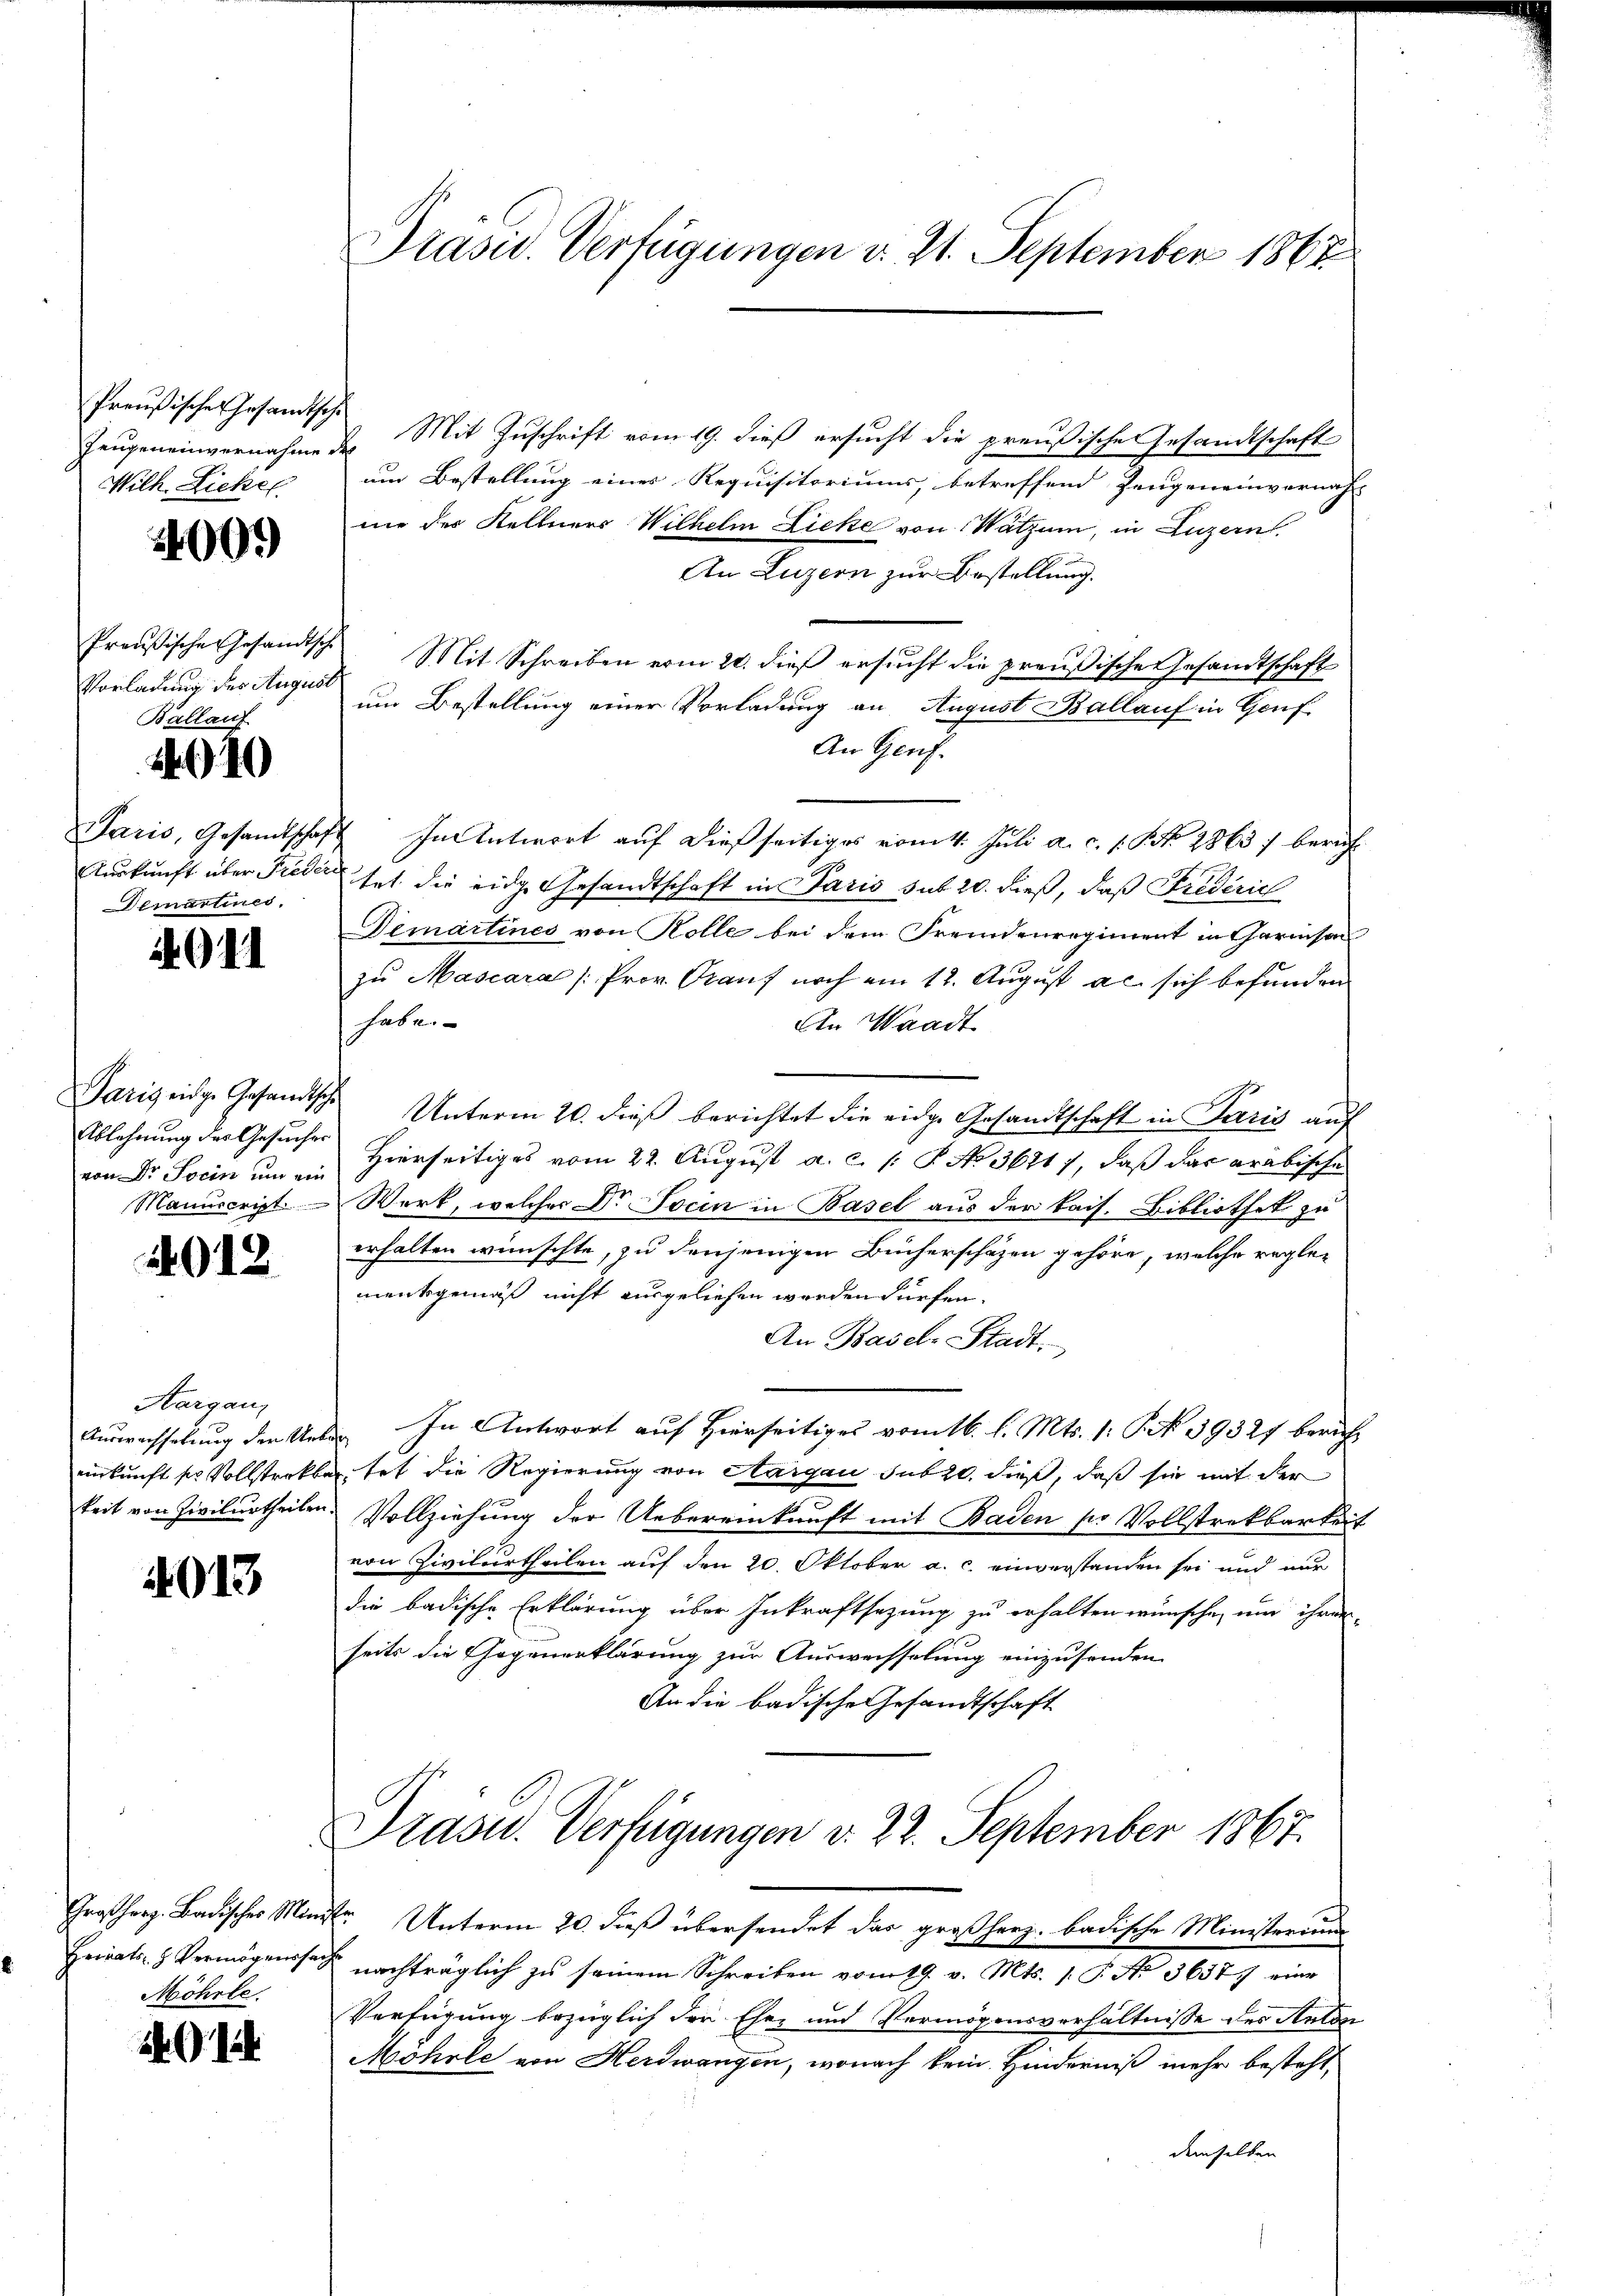
Preußisches Gesamtsche
Wilh. Lickel

009

Preußische Gesandtsch
Vorladung des Augus
Ballauf

40

Demartines

4911

Ablehnung der Gesucher

2013

Aargau,

4013

Gras herz. Badischer Min¬
Frirats- h. Vermögensse
Möhrle.

2

Präsid. Verfügungen v. 21. September 1867

Zeugeneinvernahme den Mit Zuschrift vom 19. dieß ersucht die preußische Gesandtschaft
um Bestellung eines Requisitoriums, betreffend Zeugeneinvernah-
nie des Kellners Wilhelm Licke von Watzim, in Luzern
An Luzern zur Bestellung.
 Mit Schreiben vom 21. dieß ersucht die preußische Gesandtschaft
c
um Bestellung einer Vorladung an August Ballauf in Gouf
An Gruf
Paris, Gesandtschaft In Antwort auf dießseitiges vom 4. Juli a. c. s. S. Nr. 28637 beruf
Auskunft über Prede hat die eidg. Gesandtschaft in Paris sub 20. dieß, daß Friderich
Demartines von Rolle bei dem Fremdenregiment in Garnison
zu Mascara /: Prov. Grauf noch am 12. August ac sich befunden
habe. |
An Waadt
Paris eidg. Gesandtsche Unterm 20. dieß berichtet die eidge Gesandtschaft in Paris auf
von Dr. Socin um ein Hierseitiges vom 22. August a. c. s. P. No 36217, daß das arabische
Manuscript. Werk, welcher Dr. Tocin in Basel aus der kais. Bibliothek zu
erhalten wünschte, zu denjenigen Bücherschäzen gehöre, welche reglementsgemäß nicht ausgeliehen werden dürfen.
An Basel-Stadt.
Auswechselung den Ueber. In Antwort auf Hierseitiges vom 16. l. Mts. 1. S. 59321 bericht
einkunft so vollsteckbar, tat die Regierung von Aargau sub 20. dieß, daß sie mit der
keit von Zivilurtheilen. Vollziehung der Uebereinkunft mit Baden so Vollstrekbarkeit
von Zivilurtheilen auf den 20. Oktober a. c. einverstanden sei und nur
die badische Erklärung über Inkraftsetzung zu erhalten wünsche, um ihrer
seits die Gegenerklärung zur Auswechselung einzusenden
An die badische Gesandtschaft
Präsid.. Verfügungen d. 22. September 1867.
de Unterm 20. dieß übersendet das großherz. badische Ministerium
 nachträglich zu seinem Schreiben vom 19. v. Mts. 1. P. No 36377 eine
Verfügung bezüglich den Ehez und Vermögensverhältnisse des Anton
Mohrle von Herdwangen, wonach kein Hinderniß mehr besteht,
demselben